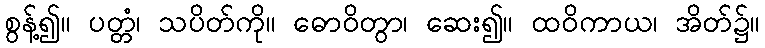
စွန့်၍။ ပတ္တံ၊ သပိတ်ကို။ ဓောဝိတွာ၊ ဆေး၍။ ထဝိကာယ၊ အိတ်၌။